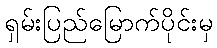
ရှမ်းပြည်မြောက်ပိုင်းမှ